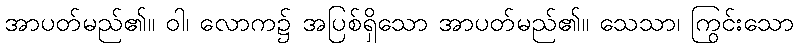
အာပတ်မည်၏။ ဝါ၊ လောက၌ အပြစ်ရှိသော အာပတ်မည်၏။ သေသာ၊ ကြွင်းသော